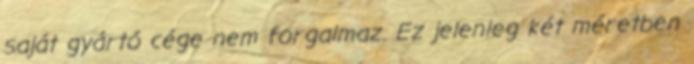
saját gyártó cége nem forgalmaz. Ez jelenleg két méretben